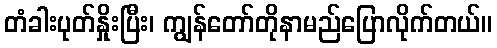
တံခါးပုတ်နှိုးပြီး၊ ကျွန်တော်တိုနာမည်ပြောလိုက်တယ်။